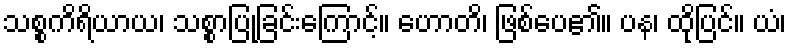
သစ္စကိရိယာယ၊ သစ္စာပြုခြင်းကြောင့်။ ဟောတိ၊ ဖြစ်ပေ၏။ ပန၊ ထိုပြင်။ ယံ၊